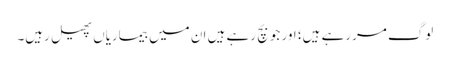
لوگ مررہے ہیں؛ اور جو بچ رہے ہیں ان میں بیماریاں پھیل رہیں۔